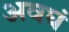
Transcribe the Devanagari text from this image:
अवघं